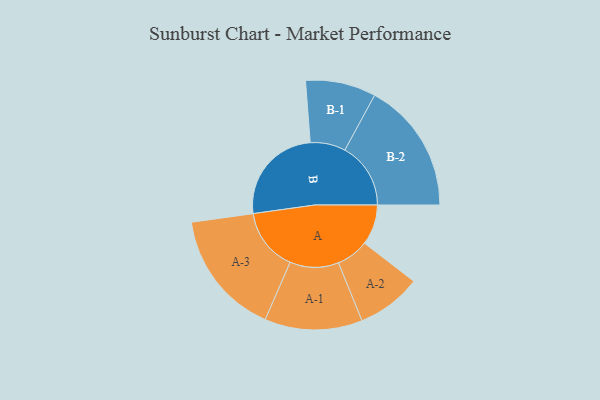
{"axis": {"x": "Segment", "y": "Value"}, "legend": ["", "A", "B"], "data": [{"x": "A", "y": 142, "type": ""}, {"x": "B", "y": 353, "type": ""}, {"x": "A-1", "y": 172, "type": "A"}, {"x": "A-2", "y": 114, "type": "A"}, {"x": "A-3", "y": 221, "type": "A"}, {"x": "B-1", "y": 124, "type": "B"}, {"x": "B-2", "y": 232, "type": "B"}]}